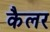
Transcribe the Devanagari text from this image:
कैलर